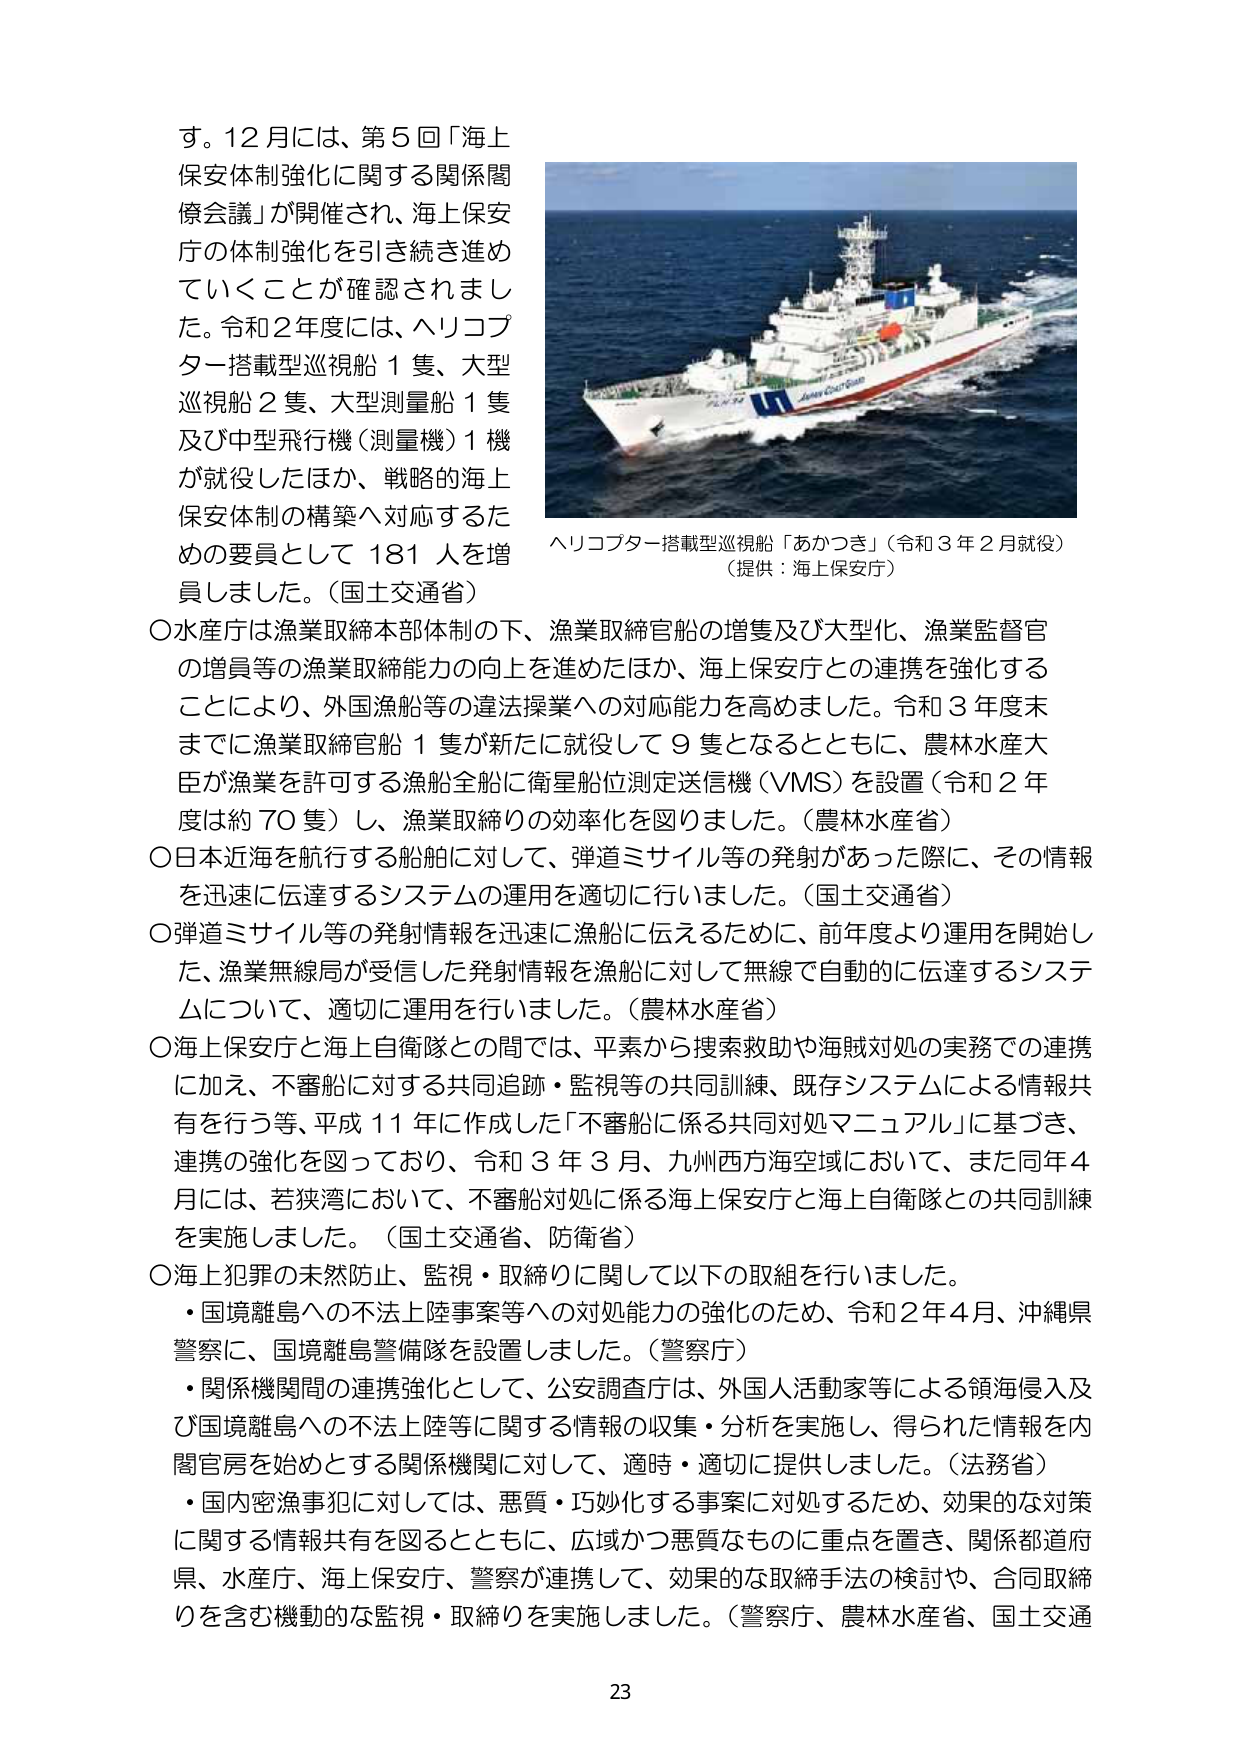
す。12月には、第5回「海上保安体制強化に関する関係閣僚会議」が開催され、海上保安庁の体制強化を引き続き進めていくことが確認されました。令和2年度には、ヘリコプター搭載型巡視船1隻、大型巡視船2隻、大型測量船1隻及び中型飛行機（測量機）1機が就役したほか、戦略的海上保安体制の構築へ対応するための要員として181人を増員しました。（国土交通省）

○水産庁は漁業取締本部体制の下、漁業取締官船の増隻及び大型化、漁業監督官の増員等の漁業取締能力の向上を進めたほか、海上保安庁との連携を強化することにより、外国漁船等の違法操業への対応能力を高めました。令和3年度末までに漁業取締官船1隻が新たに就役して9隻となるとともに、農林水産大臣が漁業を許可する漁船全船に衛星船位測定送信機（VMS）を設置（令和2年度は約70隻）し、漁業取締りの効率化を図りました。（農林水産省）

○日本近海を航行する船舶に対して、弾道ミサイル等の発射があった際に、その情報を迅速に伝達するシステムの運用を適切に行いました。（国土交通省）

○弾道ミサイル等の発射情報を迅速に漁船に伝えるために、前年度より運用を開始した、漁業無線局が受信した発射情報を漁船に対して無線で自動的に伝達するシステムについて、適切に運用を行いました。（農林水産省）

○海上保安庁と海上自衛隊との間では、平素から捜索救助や海賊対処の実務での連携に加え、不審船に対する共同追跡・監視等の共同訓練、既存システムによる情報共有を行う等、平成11年に作成した「不審船に係る共同対処マニュアル」に基づき、連携の強化を図っており、令和3年3月、九州西方海空域において、また同年4月には、若狭湾において、不審船対処に係る海上保安庁と海上自衛隊との共同訓練を実施しました。（国土交通省、防衛省）

○海上犯罪の未然防止、監視・取締りに関して以下の取組を行いました。
・国境離島への不法上陸事案等への対処能力の強化のため、令和2年4月、沖縄県警察に、国境離島警備隊を設置しました。（警察庁）
・関係機関間の連携強化として、公安調査庁は、外国人活動家等による領海侵入及び国境離島への不法上陸等に関する情報の収集・分析を実施し、得られた情報を内閣官房を始めとする関係機関に対して、適時・適切に提供しました。（法務省）
・国内密漁事犯に対しては、悪質・巧妙化する事案に対処するため、効果的な対策に関する情報共有を図るとともに、広域かつ悪質なものに重点を置き、関係都道府県、水産庁、海上保安庁、警察が連携して、効果的な取締手法の検討や、合同取締りを含む機動的な監視・取締りを実施しました。（警察庁、農林水産省、国土交通省）

ヘリコプター搭載型巡視船「あかつき」（令和3年2月就役）
（提供：海上保安庁）

23